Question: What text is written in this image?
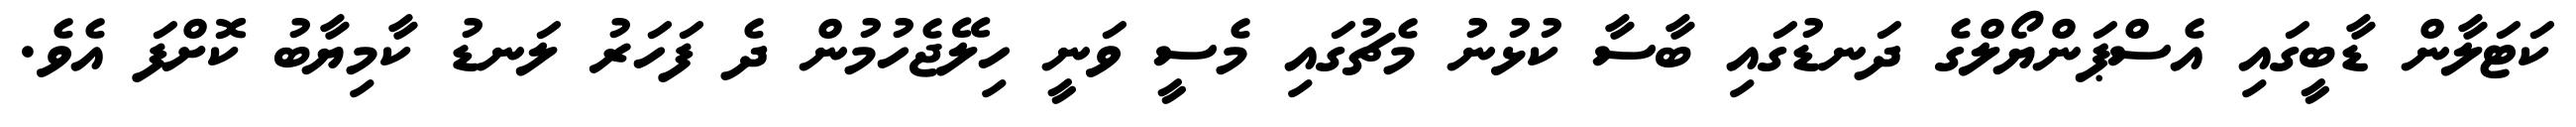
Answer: ކަޓަލާން ޑާބީގައި އެސްޕަންޔޯލްގެ ދަނޑުގައި ބާސާ ކުޅުނު މެޗުގައި މެސީ ވަނީ ހިލޭޖެހުމުން ދެ ފަހަރު ލަނޑު ކާމިޔާބު ކޮށްފަ އެވެ.